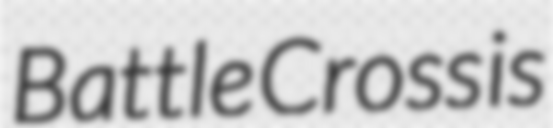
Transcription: Battle Cross is